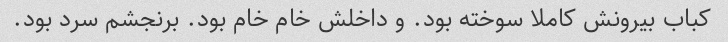
کباب بیرونش کاملا سوخته بود. و داخلش خام خام بود. برنجشم سرد بود.